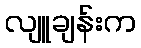
လျူချန်းက